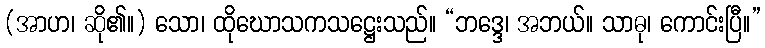
(အာဟ၊ ဆို၏။) သော၊ ထိုဃောသကသဋ္ဌေးသည်။ “ဘဒ္ဒေ၊ အဘယ်။ သာဓု၊ ကောင်းပြီ။”